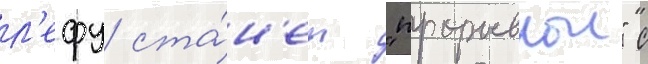
л'ефу ста́н'ет "прорывнои" с